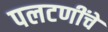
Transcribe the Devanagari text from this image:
पलटणींचे